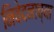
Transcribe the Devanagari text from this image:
निवेदनाच्या